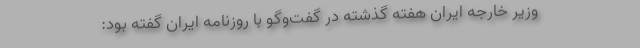
وزیر خارجه ایران هفته گذشته در گفت‌وگو با روزنامه ایران گفته بود: